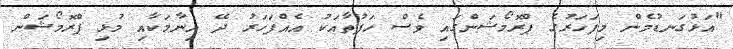
"އަޅުގަނޑުމެން މިފަހަރުގެ ޕްރޮމޯޝަންގައި ވެސް ހަފުތާއަކު އެއްފަހަރު ދޭ އިނާމަކާއި މުޅި ޕްރޮމޯޝަން